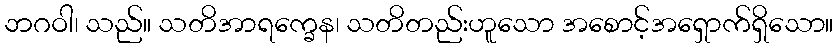
ဘဂဝါ၊ သည်။ သတိအာရက္ခေန၊ သတိတည်းဟူသော အစောင့်အရှောက်ရှိသော။